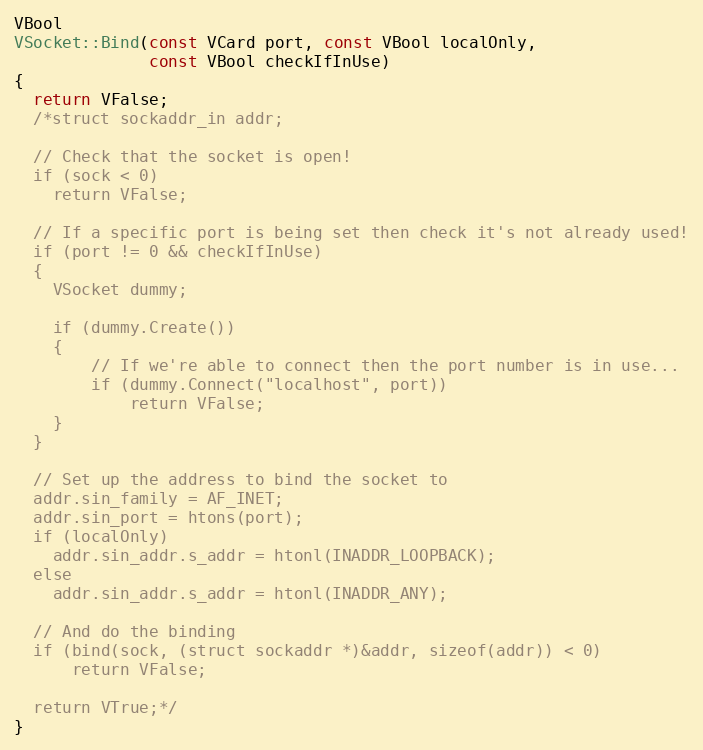
Language: C++
VBool
VSocket::Bind(const VCard port, const VBool localOnly,
			  const VBool checkIfInUse)
{
  return VFalse;
  /*struct sockaddr_in addr;

  // Check that the socket is open!
  if (sock < 0)
    return VFalse;

  // If a specific port is being set then check it's not already used!
  if (port != 0 && checkIfInUse)
  {
	VSocket dummy;

	if (dummy.Create())
	{
		// If we're able to connect then the port number is in use...
		if (dummy.Connect("localhost", port))
			return VFalse;
	}
  }

  // Set up the address to bind the socket to
  addr.sin_family = AF_INET;
  addr.sin_port = htons(port);
  if (localOnly)
	addr.sin_addr.s_addr = htonl(INADDR_LOOPBACK);
  else
	addr.sin_addr.s_addr = htonl(INADDR_ANY);

  // And do the binding
  if (bind(sock, (struct sockaddr *)&addr, sizeof(addr)) < 0)
      return VFalse;

  return VTrue;*/
}